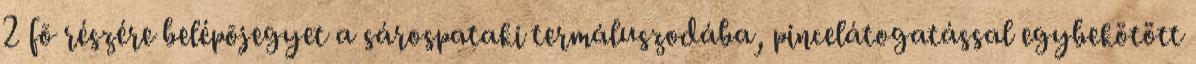
2 fõ részére belépõjegyet a sárospataki termáluszodába, pincelátogatással egybekötött